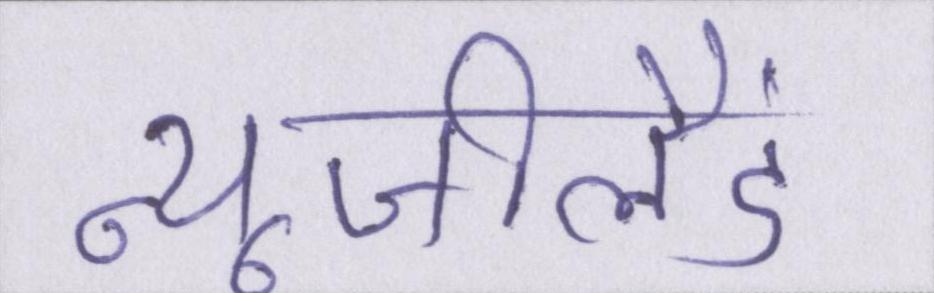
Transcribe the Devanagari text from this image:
न्यूजीलैंड